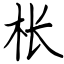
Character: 枨